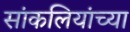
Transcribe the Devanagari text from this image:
सांकलियांच्या